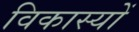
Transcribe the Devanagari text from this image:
विकास्यों